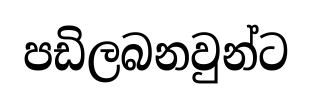
පඩිලබනවුන්ට